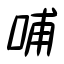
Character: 哺